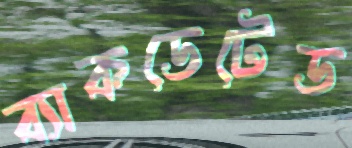
ব্যাকডেটেড